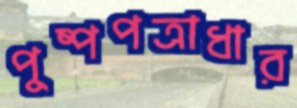
পুষ্পপত্রাধার